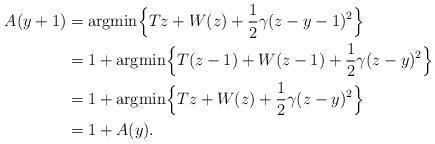
LaTeX: \begin{align*} A(y+1)&={\rm argmin}\Bigl\{Tz + W(z) + {1\over 2}\gamma (z-y-1)^2\Bigr\} \\ &=1+{\rm argmin}\Bigl\{T(z-1) + W(z-1) + {1\over 2}\gamma (z-y)^2\Bigr\} \\ &=1+{\rm argmin}\Bigl\{Tz + W(z) + {1\over 2}\gamma (z-y)^2\Bigr\} \\ &=1+ A(y).\end{align*}